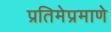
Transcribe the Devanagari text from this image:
प्रतिमेप्रमाणे